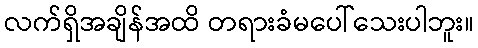
လက်ရှိအချိန်အထိ တရားခံမပေါ်သေးပါဘူး။